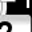
Digit: 7